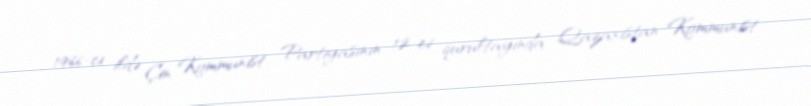
1966-cı ildə Çin Kommunist Partiyasının 12-ci qurultayında Qazaxıstan Kommunist